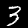
Digit: 3